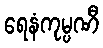
ရေနံကုမ္ပဏီ